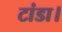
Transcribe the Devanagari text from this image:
टांडा।